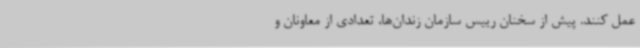
عمل کنند. پیش از سخنان رییس سازمان زندان‌ها، تعدادی از معاونان و